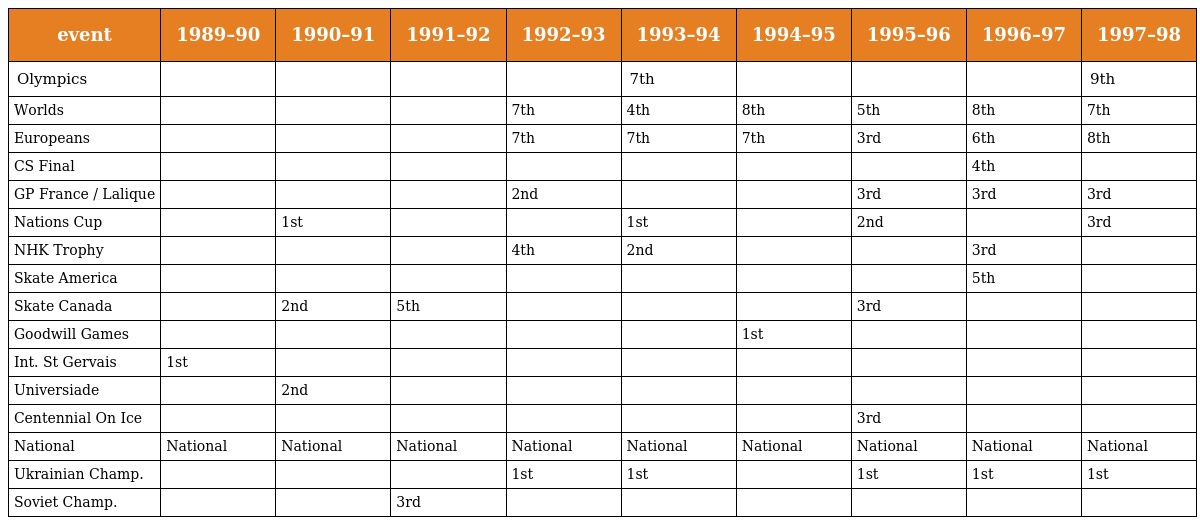
| event | 1989–90 | 1990–91 | 1991–92 | 1992–93 | 1993–94 | 1994–95 | 1995–96 | 1996–97 | 1997–98 |
 | --- | --- | --- | --- | --- | --- | --- | --- | --- | --- |
 | Olympics |  |  |  |  | 7th |  |  |  | 9th |
 | Worlds |  |  |  | 7th | 4th | 8th | 5th | 8th | 7th |
 | Europeans |  |  |  | 7th | 7th | 7th | 3rd | 6th | 8th |
 | CS Final |  |  |  |  |  |  |  | 4th |  |
 | GP France / Lalique |  |  |  | 2nd |  |  | 3rd | 3rd | 3rd |
 | Nations Cup |  | 1st |  |  | 1st |  | 2nd |  | 3rd |
 | NHK Trophy |  |  |  | 4th | 2nd |  |  | 3rd |  |
 | Skate America |  |  |  |  |  |  |  | 5th |  |
 | Skate Canada |  | 2nd | 5th |  |  |  | 3rd |  |  |
 | Goodwill Games |  |  |  |  |  | 1st |  |  |  |
 | Int. St Gervais | 1st |  |  |  |  |  |  |  |  |
 | Universiade |  | 2nd |  |  |  |  |  |  |  |
 | Centennial On Ice |  |  |  |  |  |  | 3rd |  |  |
 | National | National | National | National | National | National | National | National | National | National |
 | Ukrainian Champ. |  |  |  | 1st | 1st |  | 1st | 1st | 1st |
 | Soviet Champ. |  |  | 3rd |  |  |  |  |  |  |